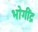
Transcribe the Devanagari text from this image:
भोगींद्र